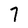
Character: 7